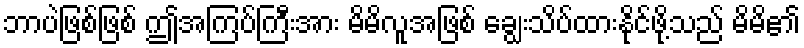
ဘာပဲဖြစ်ဖြစ် ဤအကြပ်ကြီးအား မိမိလူအဖြစ် ချွေးသိပ်ထားနိုင်ဖို့သည် မိမိ၏